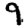
Digit: 9